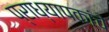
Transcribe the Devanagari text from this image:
प्राध्यापकांचे